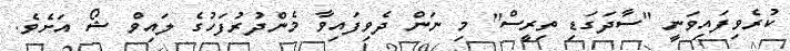
ކުރެވިފައިވަނީ "ސާދަގަޑި ތިރީސް" މި ނަން ދެވިފައިވާ މެންދުރުފަހުގެ ލައިވް ޝޯ އަށެވެ.